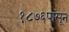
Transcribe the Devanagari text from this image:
१८७६पासून